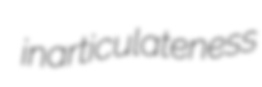
inarticulateness